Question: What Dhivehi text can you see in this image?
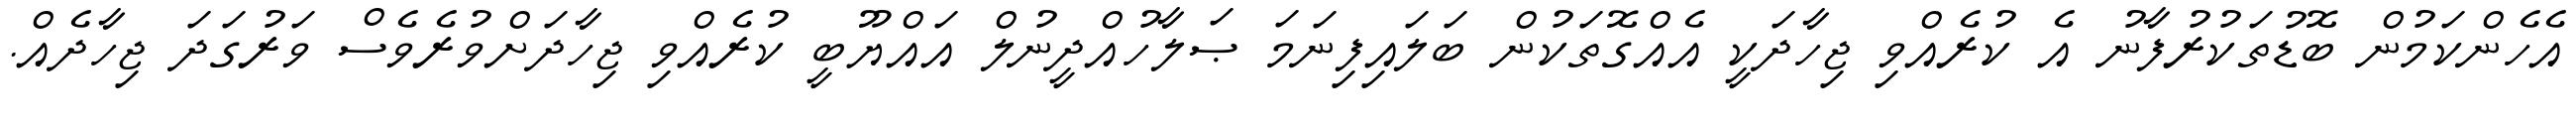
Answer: އެހެންކަމުން ބޮޑުތަކުރުފާނު އެ ކުރެއްވި ޖިހާދަކީ އެއްގޮތަކުން ބަލައިފިނަމަ ޞަލާހުއްދީނުލް އައްޔޫބީ ކުރެއްވި ޖިހާދަށްވުރެވެސް ވަރުގަދަ ޖިހާދެއް.